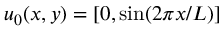
\boldsymbol u _ { 0 } ( x , y ) = [ 0 , \sin ( 2 \pi x / L ) ]